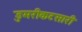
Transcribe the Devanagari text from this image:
डुमरीकटसारी